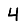
Digit: 4